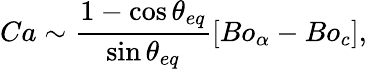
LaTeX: Ca\sim\frac{1-\cos{\theta_{eq}}}{\sin{\theta_{eq}}}[Bo_{\alpha}-Bo_{c}],